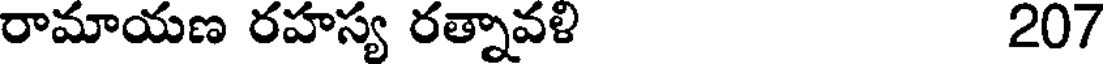
రామాయణ రహస్య రత్నావళి 207